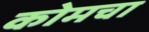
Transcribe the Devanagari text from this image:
कोमचा